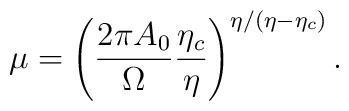
\mu=\left ( \frac{2\pi A_0}{\Omega} \frac{\eta_c}{\eta} \right )^{\eta/(\eta-\eta_c)}.